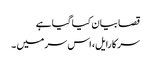
قصا بیان کیا گیا ہے
سر کارایل، اس سر میں ۔